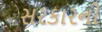
સરકારની